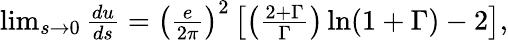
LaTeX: \begin{array}{r}{\operatorname*{lim}_{s\to 0}\frac{du}{ds}=\left(\frac{e}{2\pi}\right)^{2}\left[\left(\frac{2+\Gamma}{\Gamma}\right)\ln(1+\Gamma)-2\right],}\end{array}